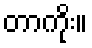
တာကိုး။